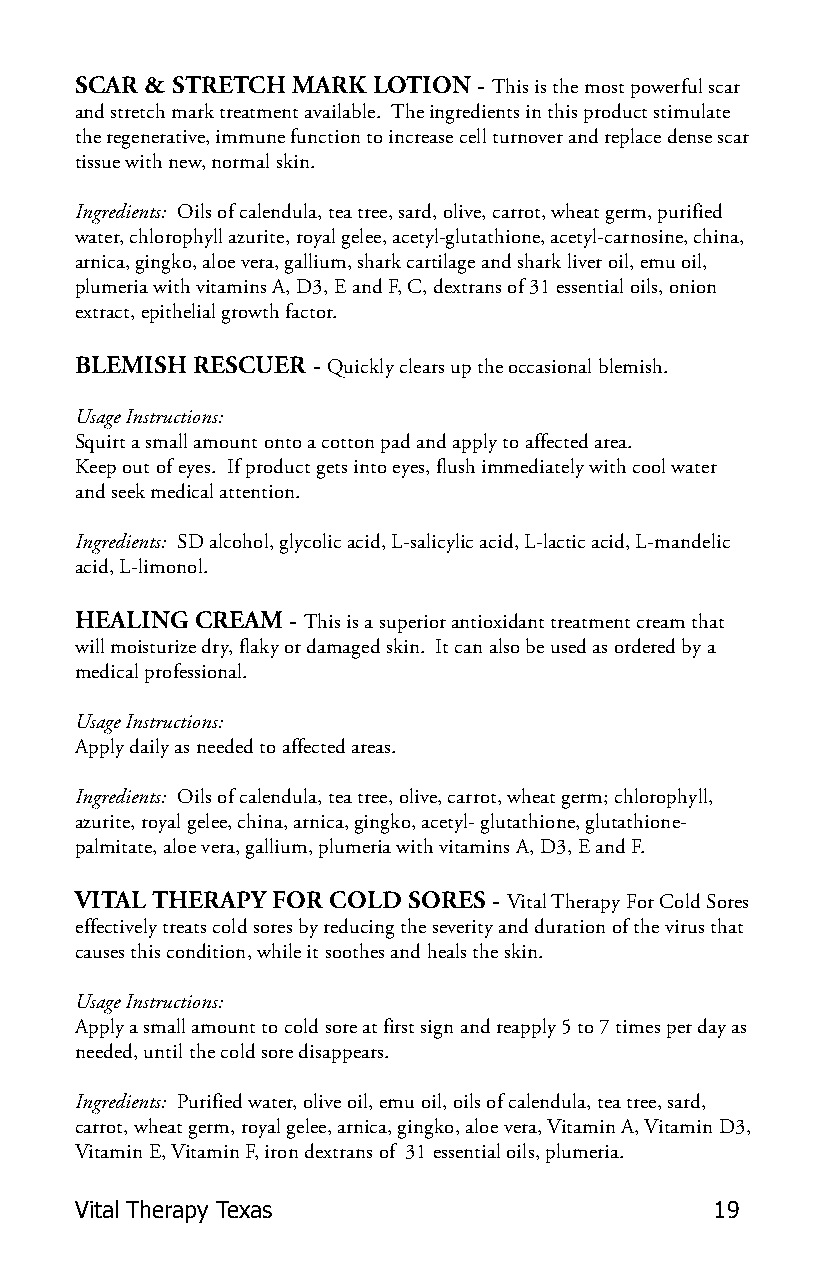
SCAR & STRETCH MARK LOTION - This is the most powerful scar
 and stretch mark treatment available. The ingredients in this product stimulate
 the regenerative, immune function to increase cell turnover and replace dense scar
 tissue with new, normal skin.
 Ingredients: Oils of calendula, tea tree, sard, olive, carrot, wheat germ, purified
 water, chlorophyll azurite, royal gelee, acetyl-glutathione, acetyl-carnosine, china,
 arnica, gingko, aloe vera, gallium, shark cartilage and shark liver oil, emu oil,
 plumeria with vitamins A, D3, E and F, C, dextrans of 31 essential oils, onion
 extract, epithelial growth factor.
 BLEMISH RESCUER - Quickly clears up the occasional blemish.
 Usage Instructions:
 Squirt a small amount onto a cotton pad and apply to affected area.
 Keep out of eyes. If product gets into eyes, flush immediately with cool water
 and seek medical attention.
 Ingredients: SD alcohol, glycolic acid, L-salicylic acid, L-lactic acid, L-mandelic
 acid, L-limonol.
 HEALING CREAM - This is a superior antioxidant treatment cream that
 will moisturize dry, flaky or damaged skin. It can also be used as ordered by a
 medical professional.
 Usage Instructions:
 Apply daily as needed to affected areas.
 Ingredients: Oils of calendula, tea tree, olive, carrot, wheat germ; chlorophyll,
 azurite, royal gelee, china, arnica, gingko, acetyl- glutathione, glutathione-
 palmitate, aloe vera, gallium, plumeria with vitamins A, D3, E and F.
 VITAL THERAPY FOR COLD SORES - Vital Therapy For Cold Sores
 effectively treats cold sores by reducing the severity and duration of the virus that
 causes this condition, while it soothes and heals the skin.
 Usage Instructions:
 Apply a small amount to cold sore at first sign and reapply 5 to 7 times per day as
 needed, until the cold sore disappears.
 Ingredients: Purified water, olive oil, emu oil, oils of calendula, tea tree, sard,
 carrot, wheat germ, royal gelee, arnica, gingko, aloe vera, Vitamin A, Vitamin D3,
 Vitamin E, Vitamin F, iron dextrans of 31 essential oils, plumeria.
 Vital Therapy Texas                       19